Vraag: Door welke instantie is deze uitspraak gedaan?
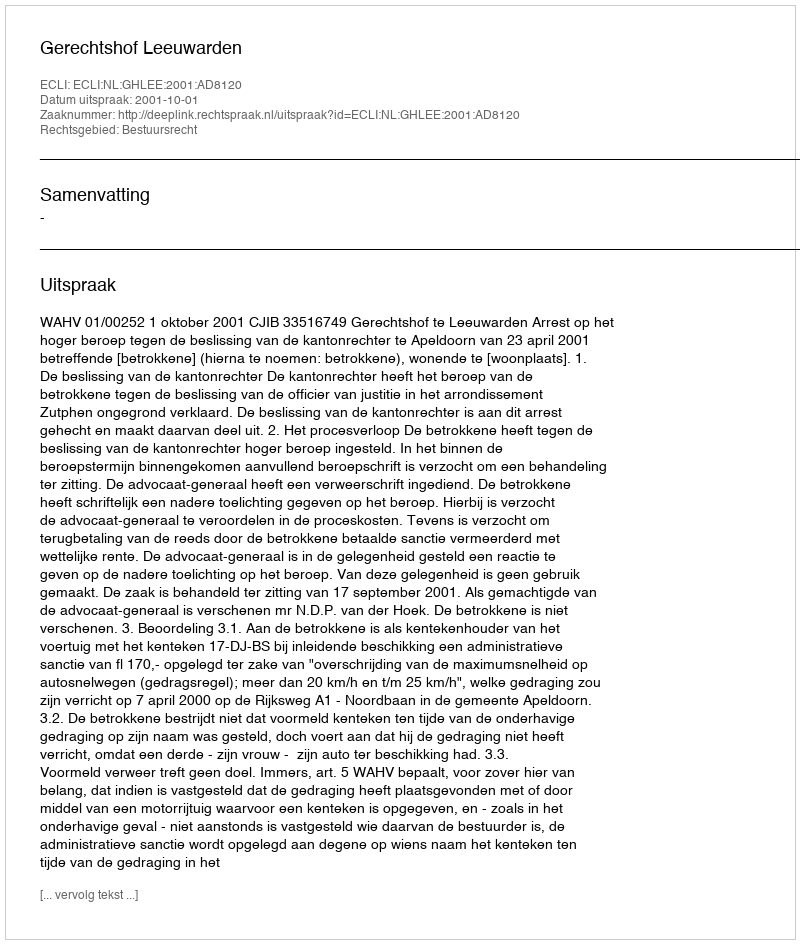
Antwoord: Gerechtshof Leeuwarden